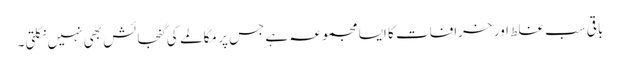
باقی سب غلط اور خرافات کا ایسا مجموعہ ہے جس پر مکالمے کی گنجائش بھی نہیں نکلتی۔